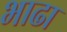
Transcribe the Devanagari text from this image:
भाढा